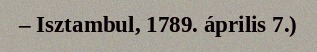
– Isztambul, 1789. április 7.)